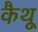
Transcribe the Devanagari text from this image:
कैथू